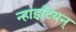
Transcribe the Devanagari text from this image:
न्हाइटियन्